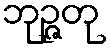
ဘုဉ္ဇတု